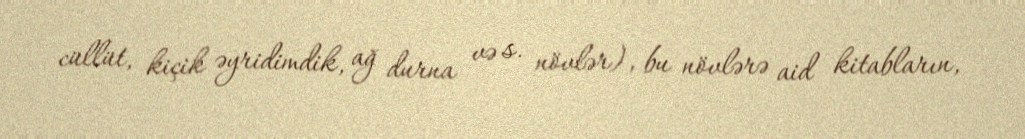
cüllüt, kiçik əyridimdik, ağ durna və s. növlər), bu növlərə aid kitabların,